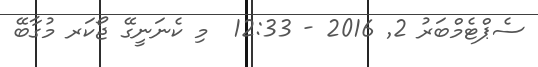
ސެޕްޓެމްބަރު 2